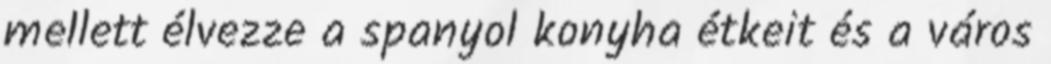
mellett élvezze a spanyol konyha étkeit és a város